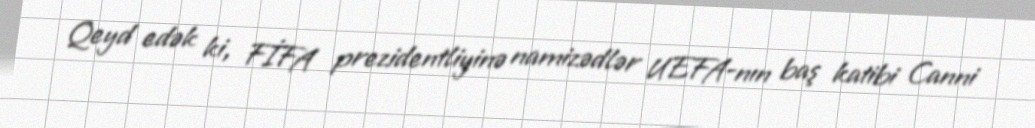
Qeyd edək ki, FİFA prezidentliyinə namizədlər UEFA-nın baş katibi Canni